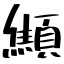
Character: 顦